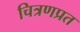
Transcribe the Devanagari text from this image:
चित्रणप्रत